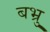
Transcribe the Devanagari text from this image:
बभ्रु